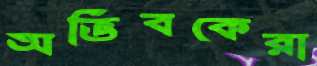
অভিবকেরা